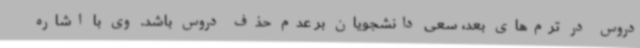
دروس در ترم‌های بعد، سعی دانشجویان بر عدم حذف دروس باشد. وی با اشاره